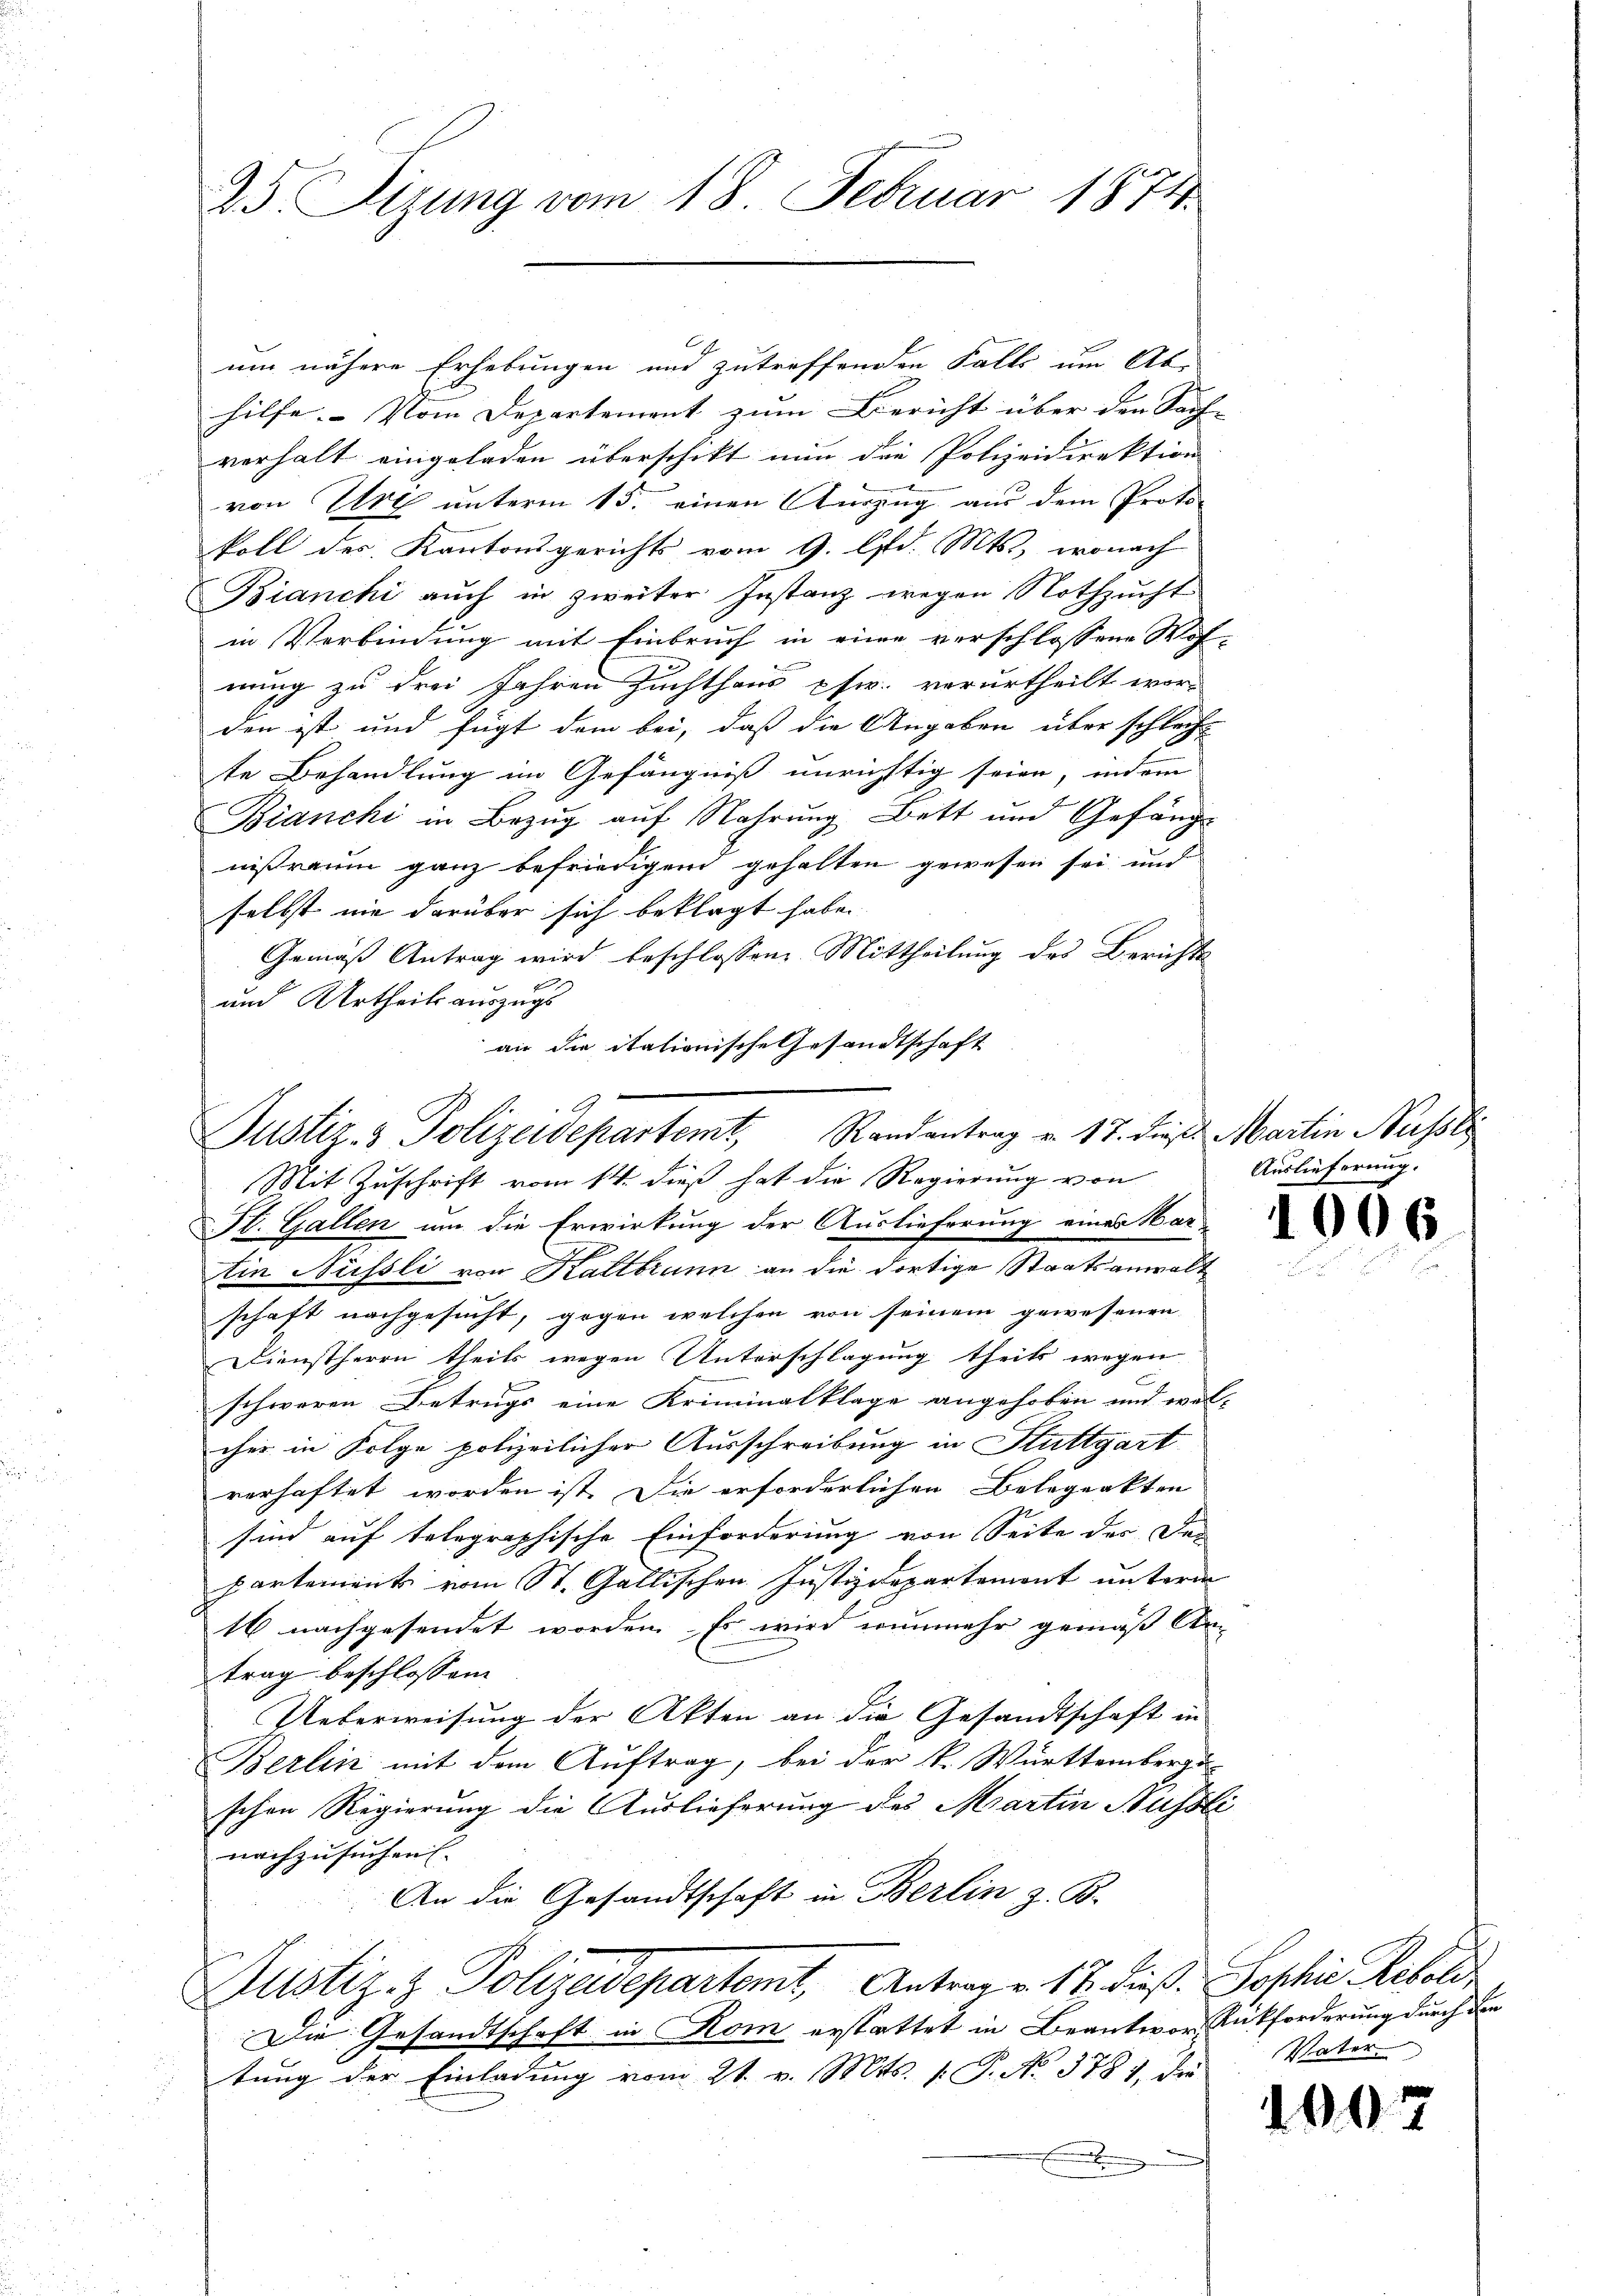
25. Sizung vom 18. Februar 1874.

C
um nähere Erhebungen und zutreffenden Falls um Ab-
hilfe. - Vom Departement zum Bericht über den Sach-
verhalt eingeladen überschikt nun die Polizeidirektion
von Ure unterm 15. einen Auszug aus dem Proto-
foll des Kantonsgerichts vom 9. Ad. Mts., wonach
Bianchi auch in zweiter Instanz wegen Nothzucht
in Verbindung mit Einbruch in eine verschlossene Woh-
nung zu drei Jahren Zuchthaus pfw. verurtheilt wor-
den ist und fügt dem bei, daß die Angaben über schlecht
te Behandlung im Gefängniß unrichtig seien, indem
Bianchi in Bezug auf Nahrung Bett und Gefäng
nißtraum ganz befriedigen gehalten gewesen sei, und
selbst nie darüber sich beklagt habe.
Gemäß Antrag wird beschlossen: Mittheilung des Berichts
und Urtheils auszugs
an die itationische Gesandtschaft

Justiz- & Polizeidepartemt, Randantrag v. 17. dieß Martin Nüssle

Mit Zuschrift vom 14. dieß hat die Regierung von
St. Gallen um die Erwirkung der Auslieferung einer Har
tin Nüssli von Kaltbrunn an die dortige Staatsanwalt
schaft nachgesucht, gegen welchen von seinem gewesenen
Dienstherrn theils wegen Unterschlagung theils wegen
schweren Betrugs eine Kriminalklage angehoben und wal-
cher in Folge polizeilicher Ausschreibung in Stuttgart
verhaftet worden ist. Die erforderlichen Belegenkten
sind auf telegraphische Einforderung von Seite der De-
partements vom St. Gallischen Justizdepartement unterm
16 nachgesendet worden. Es wird nunmehr gemäß An-
trag beschlossen
Ueberweisung der Akten an die Gesandtschaft in
Berlin mit dem Auftrag, bei der k. Württemberge
schon Regierung die Auslieferung des Martin Nüssli
nachzusuchen.
An die Gesandtschaft in Berlin z. B.
Justiz- & Polizadepartemt, Antrag v. 17. dieß. Sophie Resold
Die Gesandtschaft in Rom erstattet in Beantwort Rückforderung durch den
tung der Einladung vom 21. v. Mts. 1. P. No 3781, die
.

Auslieferung.

1006

Vater

1007